Civil Veterinary Department. Central Provinces & Berar 1925-31 - 1925-1931
Year: 1925
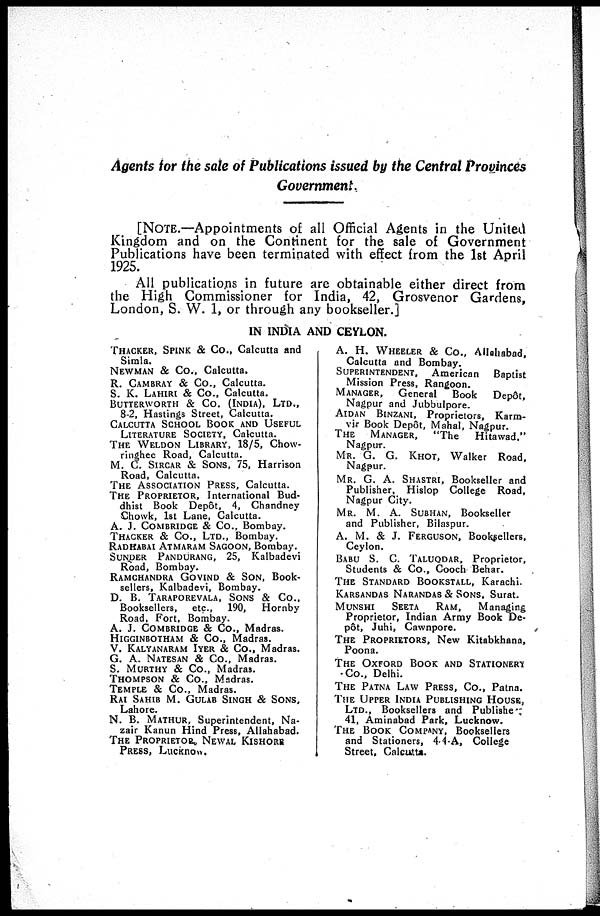
Agents for the sale of Publications issued by the Central Provinces
Government
[NOTE.—Appointments of all Official Agents in the United
Kingdom and on the Continent for the sale of Government
Publications have been terminated with effect from the 1st April
1925.
All publications in future are obtainable either direct from
the High Commissioner for India, 42, Grosvenor Gardens,
London, S. W. 1, or through any bookseller.]
IN INDIA AND CEYLON.
THACKER, SPINK & Co., Calcutta and
Simla.
NEWMAN & Co., Calcutta.
R. CAMBRAY & Co., Calcutta.
S. K. LAHIRI & Co., Calcutta.
BUTTERWORTH & Co. (INDIA), LTD.,
8-2, Hastings Street, Calcutta.
CALCUTTA SCHOOL BOOK AND USEFUL
LITERATURE SOCIETY, Calcutta.
THE WELDON LIBRARY, 18/5, Chow¬
ringhee Road, Calcutta.
M. C. SIRCAR & SONS, 75, Harrison
Road, Calcutta.
THE ASSOCIATION PRESS, Calcutta.
THE PROPRIETOR, International Bud-
dhist Book Depôt, 4, Chandney
Chowk, 1st Lane, Calcutta.
A. J. COMBRIDGE & Co., Bombay.
THACKER & Co., LTD., Bombay.
RADHABAI ATMARAM SAGOON, Bombay.
SUNDER
PANDURANG, 25, Kalbadevi
Road, Bombay.
RAMCHANDRA GOVIND & SON, Book-
sellers, Kalbadevi, Bombay.
D. B. TARAPOREVALA, SONS & Co.,
Booksellers, etc., 190, Hornby
Road, Fort, Bombay.
A. J. COMBRIDGE & Co., Madras.
HIGGINBOTHAM & Co., Madras.
V. KALYANARAM IYER & Co., Madras.
G. A. NATESAN & Co., Madras.
S. MURTHY & Co., Madras.
THOMPSON
& Co., Madras.
TEMPLE & Co., Madras.
RAI SAHIB M. GULAB SINGH & SONS,
Lahore.
N. B. MATHUR, Superintendent, Na¬
zair Kanun Hind Press, Allahabad.
THE PROPRIETOR., NEWAL KISHORE
PRESS, Lucknow.
A. H. WHEELER & Co., Allahabad,
Calcutta and Bombay.
SUPERINTENDENT, American
Baptist
Mission Press, Rangoon.
MANAGER,
General
Book
Depôt,
Nagpur and Jubbulpore.
AIDAN BINZANI, Proprietors, Karm¬
vir Book Depôt, Mahal, Nagpur.
THE MANAGER,
"The
Hitawad."
Nagpur.
MR. G. G. KHOT, Walker Road,
Nagpur.
MR. G. A. SHASTRI, Bookseller and
Publisher, Hislop College Road,
Nagpur City.
MR. M. A. SUBHAN, Bookseller
and Publisher, Bilaspur.
A. M. & J. FERGUSON, Booksellers,
Ceylon.
BABU S. C. TALUQDAR, Proprietor,
Students & Co., Cooch Behar.
THE STANDARD BOOKSTALL, Karachi.
KARSANDAS NARANDAS & SONS, Surat.
MUNSHI
SEETA
RAM,
Managing
Proprietor, Indian Army Book De-
pôt, Juhi, Cawnpore.
THE PROPRIETORS, New Kitabkhana,
Poona.
THE OXFORD BOOK AND STATIONERY
Co., Delhi.
THE PATNA LAW PRESS, Co., Patna.
THE UPPER INDIA PUBLISHING HOUSE,
LTD., Booksellers and Published
41, Aminabad Park, Lucknow.
THE BOOK COMPANY, Booksellers
and Stationers, 44-A, College
Street, Calcutta.